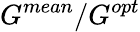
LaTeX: G^{mean}/G^{opt}